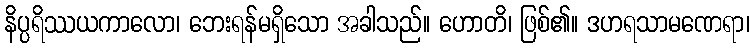
နိပ္ပရိဿယကာလော၊ ဘေးရန်မရှိသော အခါသည်။ ဟောတိ၊ ဖြစ်၏။ ဒဟရသာမဏေရာ၊